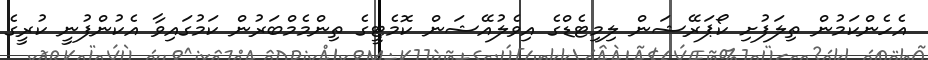
އެހެންކަމުން ތިލަފުށި ކޯޕަރޭޝަން ލިމިޓެޑްގެ އިވެލުއޭޝަން ކޮމެޓީގެ ތިންމެމްބަރުން ކަމުގައިވާ އެކުންފުނީ ކުރީގެ